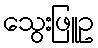
သွေးဖြူဥ